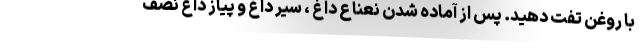
با روغن تفت دهید. پس از آماده شدن نعناع داغ ، سیر داغ و پیاز داغ نصف